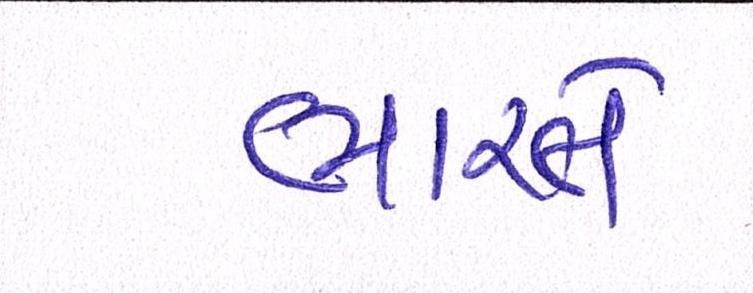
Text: ભારતે